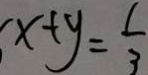
x + y = \frac { 1 } { 3 }